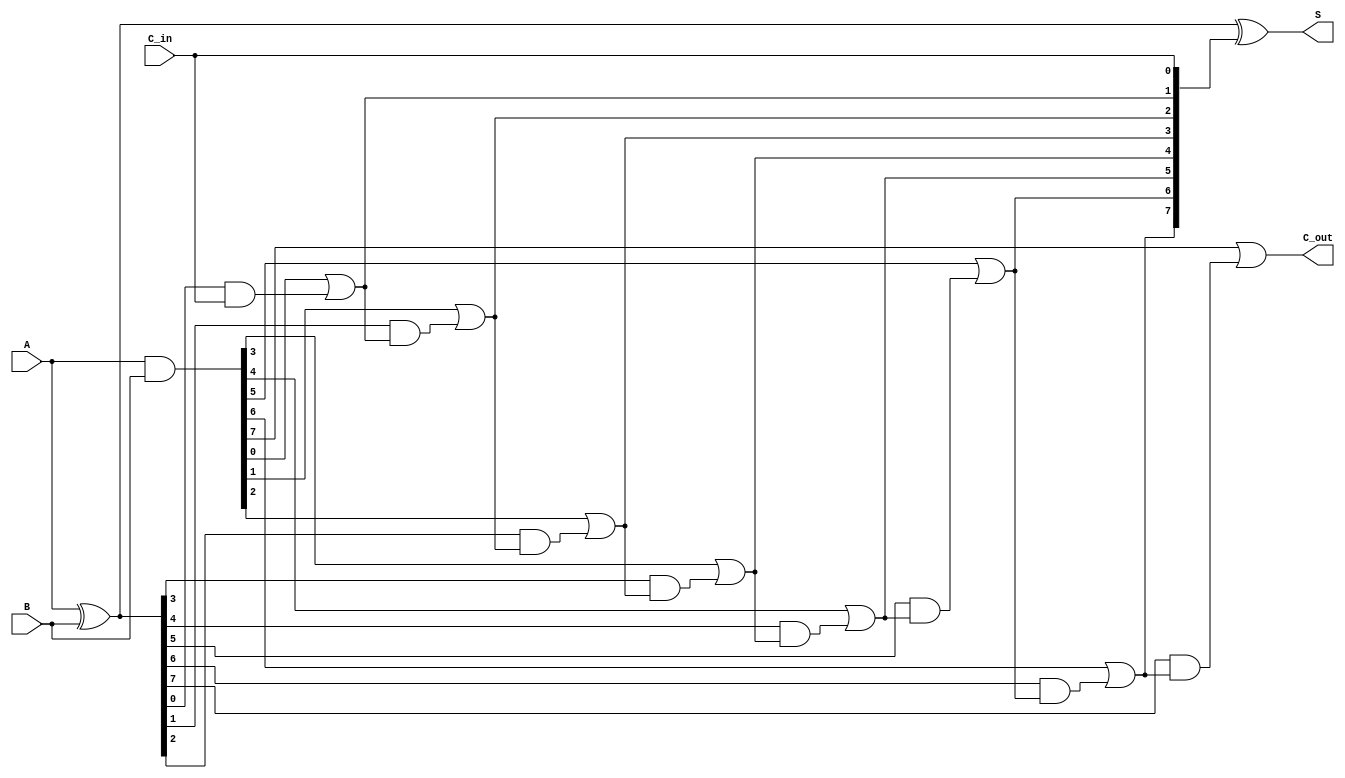
module ParallelPrefixAdder #(parameter N = 8) (
    input  wire [N-1:0] A,      // First operand
    input  wire [N-1:0] B,      // Second operand
    input  wire C_in,           // Carry-in
    output wire [N-1:0] S,      // Sum output
    output wire C_out           // Carry-out
);

    // Generate and Propagate signals
    wire [N-1:0] G; // Generate signals
    wire [N-1:0] P; // Propagate signals
    wire [N:0] C;   // Carry signals

    // Generate and Propagate calculations
    assign G = A & B;          // G[i] = A[i] AND B[i]
    assign P = A ^ B;          // P[i] = A[i] XOR B[i]

    // Carry signals initialization
    assign C[0] = C_in;        // C[0] = Carry-in

    // Kogge-Stone Carry Generation
    genvar i, j;
    generate
        // First level
        for (i = 0; i < N; i = i + 1) begin : level1
            assign C[i + 1] = G[i] | (P[i] & C[i]);
        end

        // Higher levels (log2(N) levels)
        for (j = 1; j < N; j = j + 1) begin : levels
            for (i = 0; i < N - j; i = i + 1) begin : carry_gen
                assign C[i + j + 1] = G[i + j] | (P[i + j] & C[i + j]);
            end
        end
    endgenerate

    // Sum calculation
    assign S = P ^ C[N-1:0];  // S[i] = P[i] XOR C[i]

    // Final Carry-out
    assign C_out = C[N];      // C_out = Last carry signal

endmodule